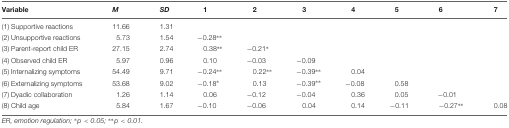
<table><thead><tr><td><b>Variable</b></td><td><b><i>M</i></b></td><td><b><i>SD</i></b></td><td><b>1</b></td><td><b>2</b></td><td><b>3</b></td><td><b>4</b></td><td><b>5</b></td><td><b>6</b></td><td><b>7</b></td></tr></thead><tbody><tr><td>(1) Supportive reactions</td><td>11.66</td><td>1.31</td><td></td><td></td><td></td><td></td><td></td><td></td><td></td></tr><tr><td>(2) Unsupportive reactions</td><td>5.73</td><td>1.54</td><td>–0.28<sup>∗∗</sup></td><td></td><td></td><td></td><td></td><td></td><td></td></tr><tr><td>(3) Parent-report child ER</td><td>27.15</td><td>2.74</td><td>0.38<sup>∗∗</sup></td><td>–0.21<sup>∗</sup></td><td></td><td></td><td></td><td></td><td></td></tr><tr><td>(4) Observed child ER</td><td>5.97</td><td>0.96</td><td>0.10</td><td>–0.03</td><td>–0.09</td><td></td><td></td><td></td><td></td></tr><tr><td>(5) Internalizing symptoms</td><td>54.49</td><td>9.71</td><td>–0.24<sup>∗∗</sup></td><td>0.22<sup>∗∗</sup></td><td>–0.39<sup>∗∗</sup></td><td>0.04</td><td></td><td></td><td></td></tr><tr><td>(6) Externalizing symptoms</td><td>53.68</td><td>9.02</td><td>–0.18<sup>∗</sup></td><td>0.13</td><td>–0.39<sup>∗∗</sup></td><td>–0.08</td><td>0.58</td><td></td><td></td></tr><tr><td>(7) Dyadic collaboration</td><td>1.26</td><td>1.14</td><td>0.06</td><td>–0.12</td><td>–0.04</td><td>0.36</td><td>0.05</td><td>–0.01</td><td></td></tr><tr><td>(8) Child age</td><td>5.84</td><td>1.67</td><td>–0.10</td><td>–0.06</td><td>0.04</td><td>0.14</td><td>–0.11</td><td>–0.27<sup>∗∗</sup></td><td>0.08</td></tr></tbody></table>